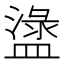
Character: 𥂖